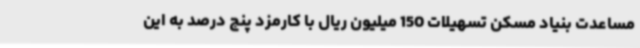
مساعدت بنیاد مسکن تسهیلات 150 میلیون ریال با کارمزد پنج درصد به این